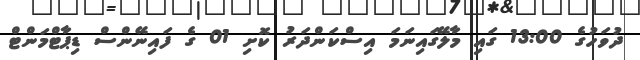
ދުވަހުގެ 13:00 ގައި މާލޭގައިނަމަ އިސްކަންދަރު ކޮށި 01 ގެ ފައިނޭންސް ޑިޕާޓްމަންޓް